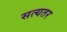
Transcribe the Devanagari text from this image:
सत्यतर